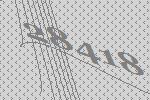
28418